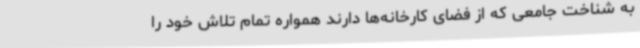
به شناخت جامعی که از فضای کارخانه‌ها دارند همواره تمام تلاش خود را